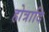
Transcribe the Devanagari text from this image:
होत्रादि